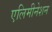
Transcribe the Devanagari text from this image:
एलिमीनेशन